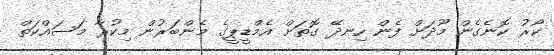
ކޯރު ކޮނެގެން މޫދަށް ފެން ހިނދޭ ގޮތަށް އެމްޑީޕީގެ މެންބަރުން މިކުރާ މަސައްކަތް